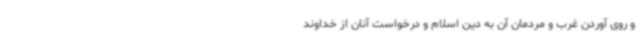
و روی آوردن غرب و مردمان آن به دین اسلام و درخواست آنان از خداوند